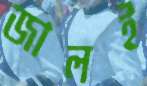
জালই